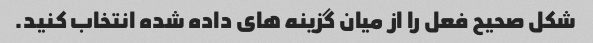
شکل صحیح فعل را از میان گزینه های داده شده انتخاب کنید.